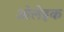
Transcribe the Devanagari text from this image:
ओलेइक